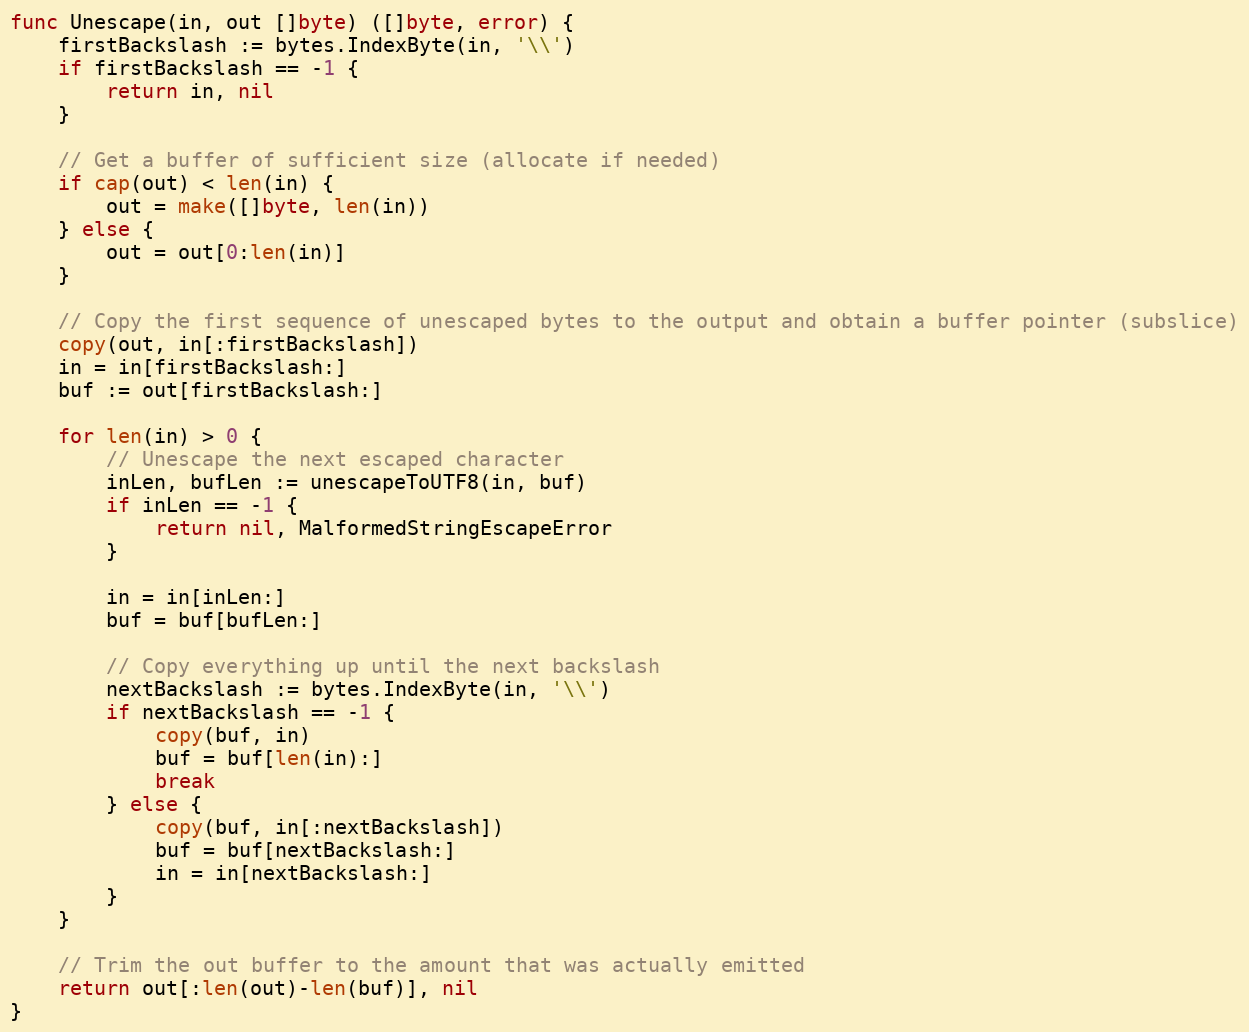
Language: Go
func Unescape(in, out []byte) ([]byte, error) {
	firstBackslash := bytes.IndexByte(in, '\\')
	if firstBackslash == -1 {
		return in, nil
	}

	// Get a buffer of sufficient size (allocate if needed)
	if cap(out) < len(in) {
		out = make([]byte, len(in))
	} else {
		out = out[0:len(in)]
	}

	// Copy the first sequence of unescaped bytes to the output and obtain a buffer pointer (subslice)
	copy(out, in[:firstBackslash])
	in = in[firstBackslash:]
	buf := out[firstBackslash:]

	for len(in) > 0 {
		// Unescape the next escaped character
		inLen, bufLen := unescapeToUTF8(in, buf)
		if inLen == -1 {
			return nil, MalformedStringEscapeError
		}

		in = in[inLen:]
		buf = buf[bufLen:]

		// Copy everything up until the next backslash
		nextBackslash := bytes.IndexByte(in, '\\')
		if nextBackslash == -1 {
			copy(buf, in)
			buf = buf[len(in):]
			break
		} else {
			copy(buf, in[:nextBackslash])
			buf = buf[nextBackslash:]
			in = in[nextBackslash:]
		}
	}

	// Trim the out buffer to the amount that was actually emitted
	return out[:len(out)-len(buf)], nil
}